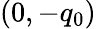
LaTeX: (0,-q_{0})